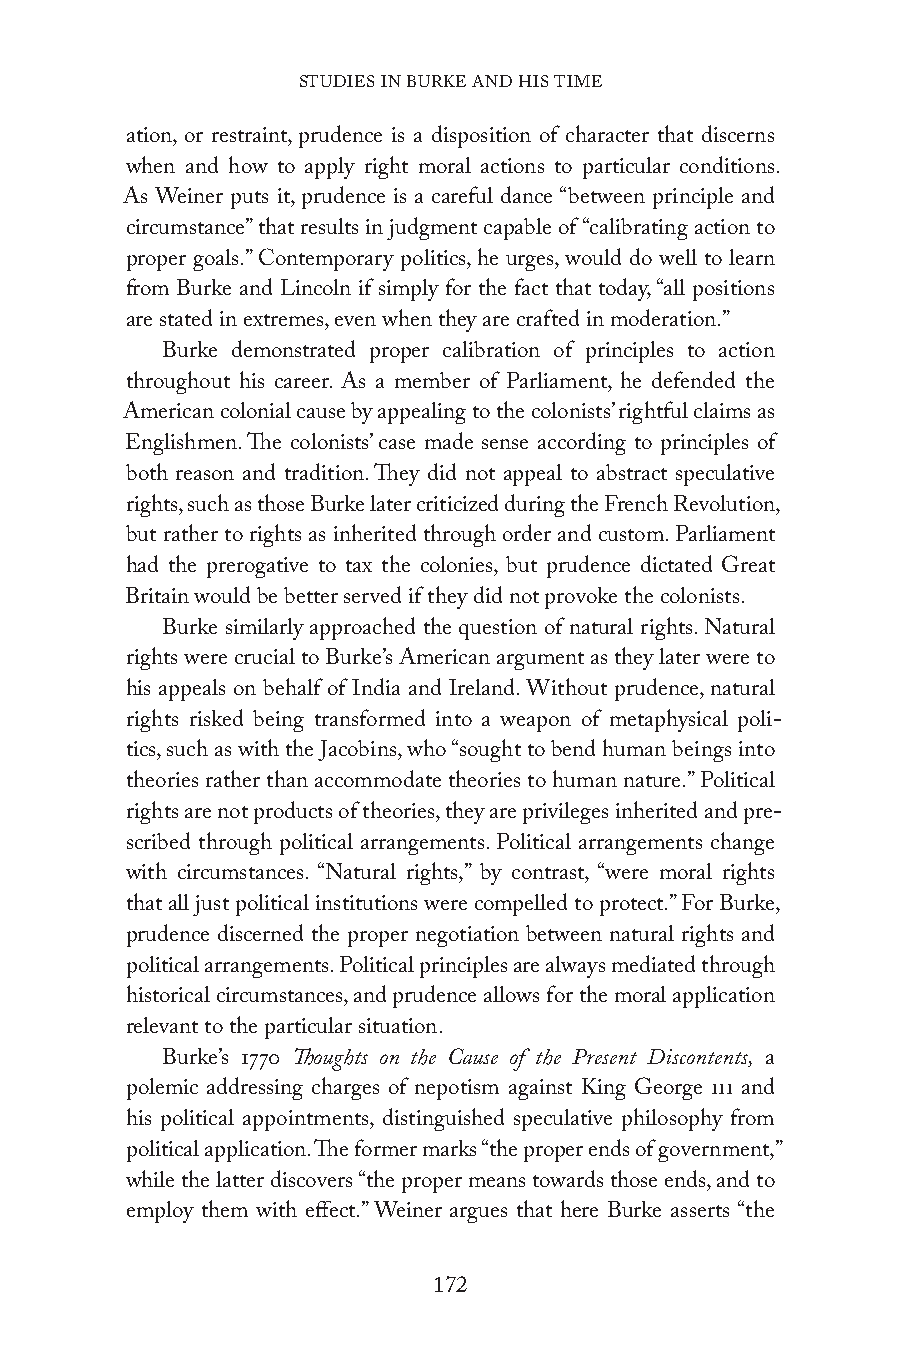
STUDIES IN BURKE AND HIS TIME
 ation, or restraint, prudence is a disposition of character that discerns
 when and how to apply right moral actions to particular conditions.
 As Weiner puts it, prudence is a careful dance “between principle and
 circumstance” that results in judgment capable of “calibrating action to
 proper goals.” Contemporary politics, he urges, would do well to learn
 from Burke and Lincoln if simply for the fact that today, “all positions
 are stated in extremes, even when they are crafted in moderation.”
 Burke demonstrated proper calibration of principles to action
 throughout his career. As a member of Parliament, he defended the
 American colonial cause by appealing to the colonists’ rightful claims as
 Englishmen. The colonists’ case made sense according to principles of
 both reason and tradition. They did not appeal to abstract speculative
 rights, such as those Burke later criticized during the French Revolution,
 but rather to rights as inherited through order and custom. Parliament
 had the prerogative to tax the colonies, but prudence dictated Great
 Britain would be better served if they did not provoke the colonists.
 Burke similarly approached the question of natural rights. Natural
 rights were crucial to Burke’s American argument as they later were to
 his appeals on behalf of India and Ireland. Without prudence, natural
 rights risked being transformed into a weapon of metaphysical poli-
 tics, such as with the Jacobins, who “sought to bend human beings into
 theories rather than accommodate theories to human nature.” Political
 rights are not products of theories, they are privileges inherited and pre-
 scribed through political arrangements. Political arrangements change
 with circumstances. “Natural rights,” by contrast, “were moral rights
 that all just political institutions were compelled to protect.” For Burke,
 prudence discerned the proper negotiation between natural rights and
 political arrangements. Political principles are always mediated through
 historical circumstances, and prudence allows for the moral application
 relevant to the particular situation.
 Burke’s 1770 Thoughts on the Cause of the Present Discontents, a
 polemic addressing charges of nepotism against King George III and
 his political appointments, distinguished speculative philosophy from
 political application. The former marks “the proper ends of government,”
 while the latter discovers “the proper means towards those ends, and to
 employ them with effect.” Weiner argues that here Burke asserts “the
 172